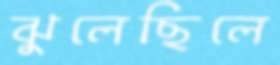
ঝুলেছিলে